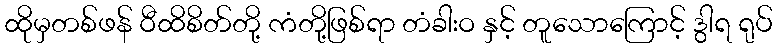
ထိုမှတစ်ဖန် ဝီထိစိတ်တို့ ကံတို့ဖြစ်ရာ တံခါးဝ နှင့် တူသောကြောင့် ဒွါရ ရုပ်